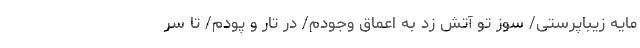
مایه زیباپرستی/ سوز تو آتش زد به اعماق وجودم/ در تار و پودم/ تا سر